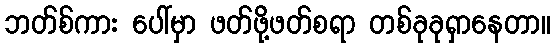
ဘတ်စ်ကား ပေါ်မှာ ဖတ်ဖို့ဖတ်စရာ တစ်ခုခုရှာနေတာ။